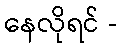
နေလိုရင် -